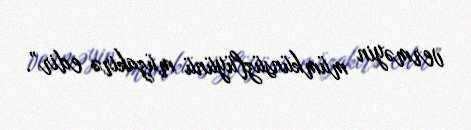
verməyin mümkünsüzlüyünü müzakirə edir”.